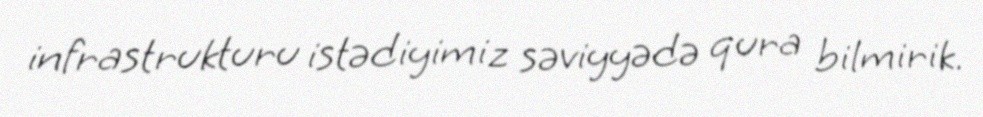
infrastrukturu istədiyimiz səviyyədə qura bilmirik.